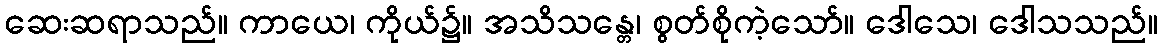
ဆေးဆရာသည်။ ကာယေ၊ ကိုယ်၌။ အသိသန္တေ၊ စွတ်စိုကဲ့သော်။ ဒေါသေ၊ ဒေါသသည်။